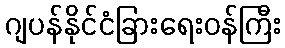
ဂျပန်နိုင်ငံခြားရေးဝန်ကြီး